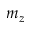
m _ { z }